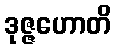
ဒုဇ္ဇဟောတိ